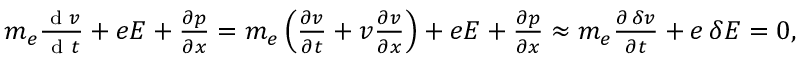
\begin{array} { r } { m _ { e } \frac { \textrm { d } v } { \textrm { d } t } + e E + \frac { \partial p } { \partial x } = m _ { e } \left( \frac { \partial v } { \partial t } + v \frac { \partial v } { \partial x } \right) + e E + \frac { \partial p } { \partial x } \approx m _ { e } \frac { \partial \, \delta v } { \partial t } + e \, \delta E = 0 , } \end{array}